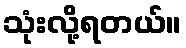
သုံးလို့ရတယ်။